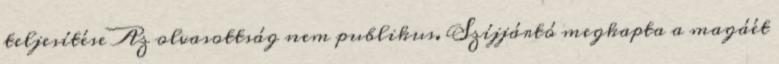
teljesítése Az olvasottság nem publikus. Szíjjártó megkapta a magáét